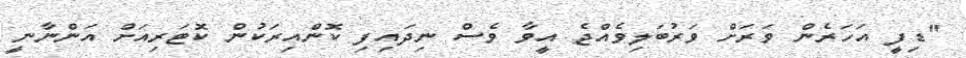
"ޑިފީ އަހަރެން ވަރަށް ވަރުބަލިވެއްޖެ އީވާ ވެސް ނިދައިފި ކޮންއިރަކުން ކޮޓަރިއަށް އަންނާނީ